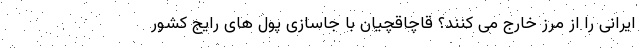
ایرانی را از مرز خارج می کنند؟ قاچاقچیان با جاسازی پول های رایج کشور